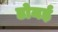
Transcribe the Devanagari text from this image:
डोनर्ड़